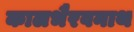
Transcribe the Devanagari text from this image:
कालभैरवनाथ